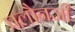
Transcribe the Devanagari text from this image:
पलौनजी